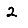
Digit: 2